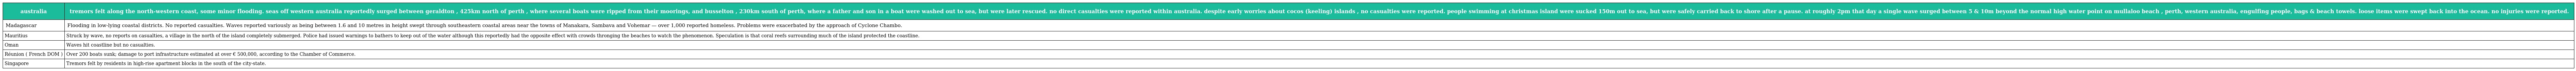
| australia | tremors felt along the north-western coast, some minor flooding. seas off western australia reportedly surged between geraldton , 425km north of perth , where several boats were ripped from their moorings, and busselton , 230km south of perth, where a father and son in a boat were washed out to sea, but were later rescued. no direct casualties were reported within australia. despite early worries about cocos (keeling) islands , no casualties were reported. people swimming at christmas island were sucked 150m out to sea, but were safely carried back to shore after a pause. at roughly 2pm that day a single wave surged between 5 & 10m beyond the normal high water point on mullaloo beach , perth, western australia, engulfing people, bags & beach towels. loose items were swept back into the ocean. no injuries were reported. |
 | --- | --- |
 | Madagascar | Flooding in low-lying coastal districts. No reported casualties. Waves reported variously as being between 1.6 and 10 metres in height swept through southeastern coastal areas near the towns of Manakara, Sambava and Vohemar — over 1,000 reported homeless. Problems were exacerbated by the approach of Cyclone Chambo. |
 | Mauritius | Struck by wave, no reports on casualties, a village in the north of the island completely submerged. Police had issued warnings to bathers to keep out of the water although this reportedly had the opposite effect with crowds thronging the beaches to watch the phenomenon. Speculation is that coral reefs surrounding much of the island protected the coastline. |
 | Oman | Waves hit coastline but no casualties. |
 | Réunion ( French DOM ) | Over 200 boats sunk; damage to port infrastructure estimated at over € 500,000, according to the Chamber of Commerce. |
 | Singapore | Tremors felt by residents in high-rise apartment blocks in the south of the city-state. |